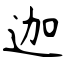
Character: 迦